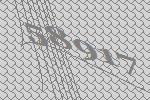
58917